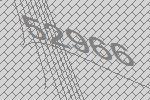
52966